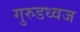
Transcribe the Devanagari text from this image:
गुरुडध्वज